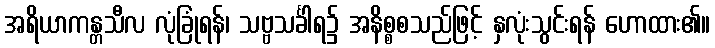
အရိယာကန္တသီလ လုံခြုံရန်၊ သဗ္ဗသင်္ခါရ၌ အနိစ္စစသည်ဖြင့် နှလုံးသွင်းရန် ဟောထား၏။